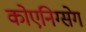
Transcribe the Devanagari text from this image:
कोएनिग्सेग